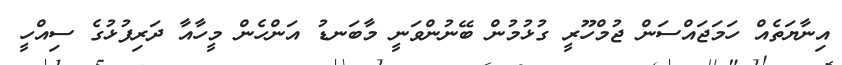
އިނާޔަތެއް ހަމަޖައްސަން ޖުމްހޫރީ ގުޅުމުން ބޭނުންވަނީ މާބަނޑު އަންހެން މީހާއާ ދަރިފުޅުގެ ސިއްހީ